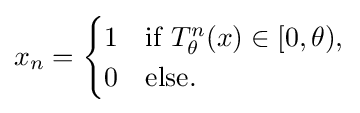
x_{n}={\begin{cases}1&{\text{if }}T_{\theta }^{n}(x)\in [0,\theta ),\\0&{\text{else}}.\end{cases}}